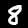
Label: 8